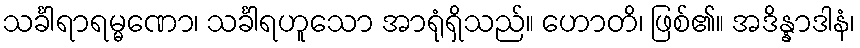
သင်္ခါရာရမ္မဏော၊ သင်္ခါရဟူသော အာရုံရှိသည်။ ဟောတိ၊ ဖြစ်၏။ အဒိန္နာဒါနံ၊